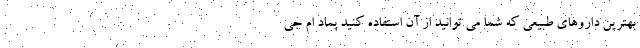
بهترین داروهای طبیعی که شما می توانید از آن استفاده کنید پماد ام جی